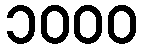
၁၀၀၀